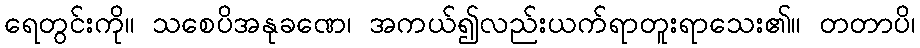
ရေတွင်းကို။ သစေပိအနုခဏေ၊ အကယ်၍လည်းယက်ရာတူးရာသေး၏။ တတာပိ၊